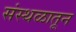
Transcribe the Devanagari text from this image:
संस्थळातून